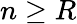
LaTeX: n\ge R